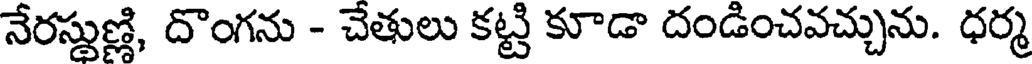
నేరస్థుణ్ణి, దొంగను - చేతులు కట్టి కూడా దండించవచ్చును. ధర్మ